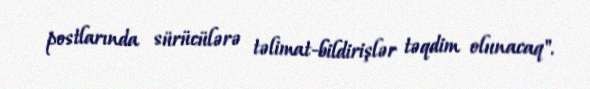
postlarında sürücülərə təlimat-bildirişlər təqdim olunacaq".